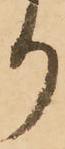
り